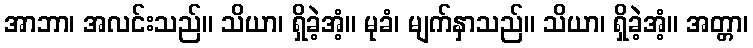
အာဘာ၊ အလင်းသည်။ သိယာ၊ ရှိခဲ့အံ့။ မုခံ၊ မျက်နှာသည်။ သိယာ၊ ရှိခဲ့အံ့။ အတ္တာ၊